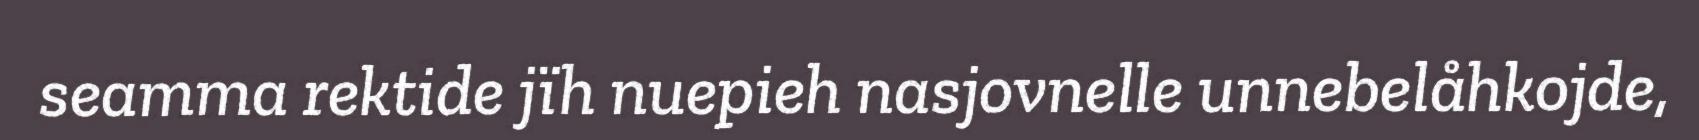
seamma rektide jïh nuepieh nasjovnelle unnebelåhkojde,